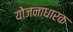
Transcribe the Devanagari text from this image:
योजनाधारक